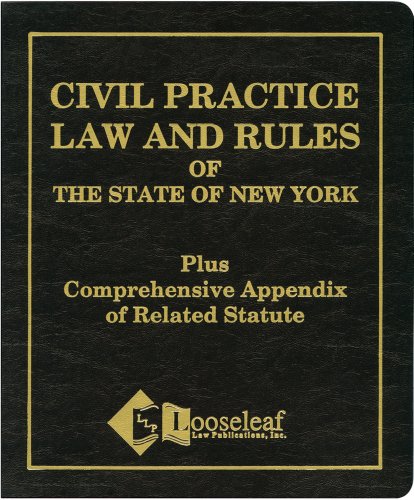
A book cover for Civil Practice Law & Rules Plus Appendix: NYS Certified; N.Y.S. Statute; Law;